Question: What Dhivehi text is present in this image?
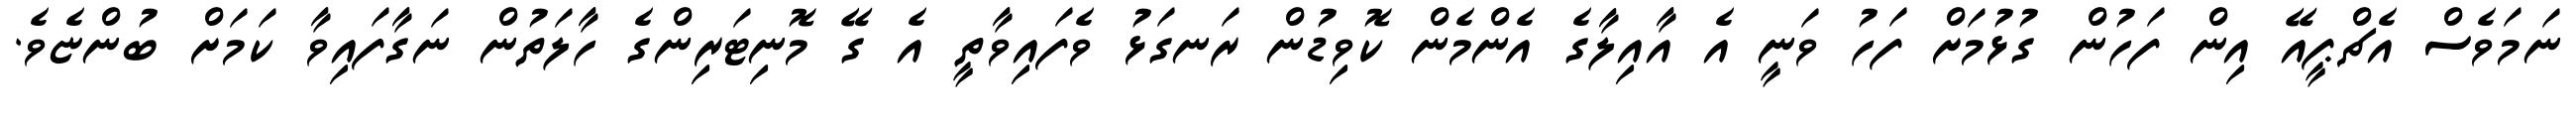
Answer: ނަމަވެސް އެޗްޕީއޭ އިން ފަހުން ގުޅުމަށް ފަހު ވަނީ އެ އާއިލާގެ އެންމެން ކޮވިޑުން ރަނގަޅު ވެފައިވާތީ އެ ގޭ މޮނިޓަރިންގެ ހާލަތުން ނަގާފައިވާ ކަމަށް ބުންޏެވެ.